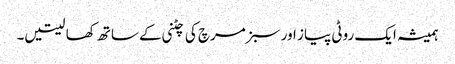
ہمیشہ ایک روٹی پیاز اور سبز مرچ کی چٹنی کے ساتھ کھا لیتیں۔